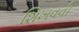
શિખવવી